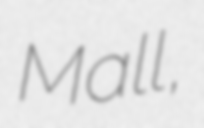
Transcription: Mall,